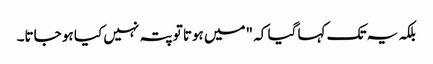
بلکہ یہ تک کہا گیا کہ "میں ہوتا تو پتہ نہیں کیا ہو جاتا۔